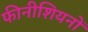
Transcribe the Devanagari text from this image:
फीनीशियनों